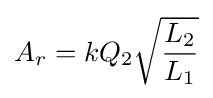
A_{r}=kQ_{2}{\sqrt {\frac {L_{2}}{L_{1}}}}